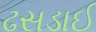
ઢસડાઈ